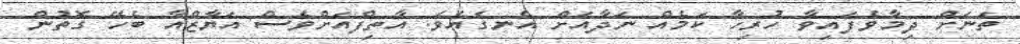
ތަނަށް ދިމާވެފައިވާ ހުރިހާ ކަމެއް ނަދާއަށް އެނގެއެވެ. އާތިފްއަށްވެސް އަޔާޒްއާ ބެހޭ ގޮތުން